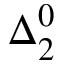
{ \boldsymbol { \Delta } } _ { 2 } ^ { 0 }